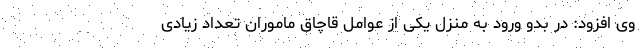
وی افزود: در بدو ورود به منزل یکی از عوامل قاچاق ماموران تعداد زیادی